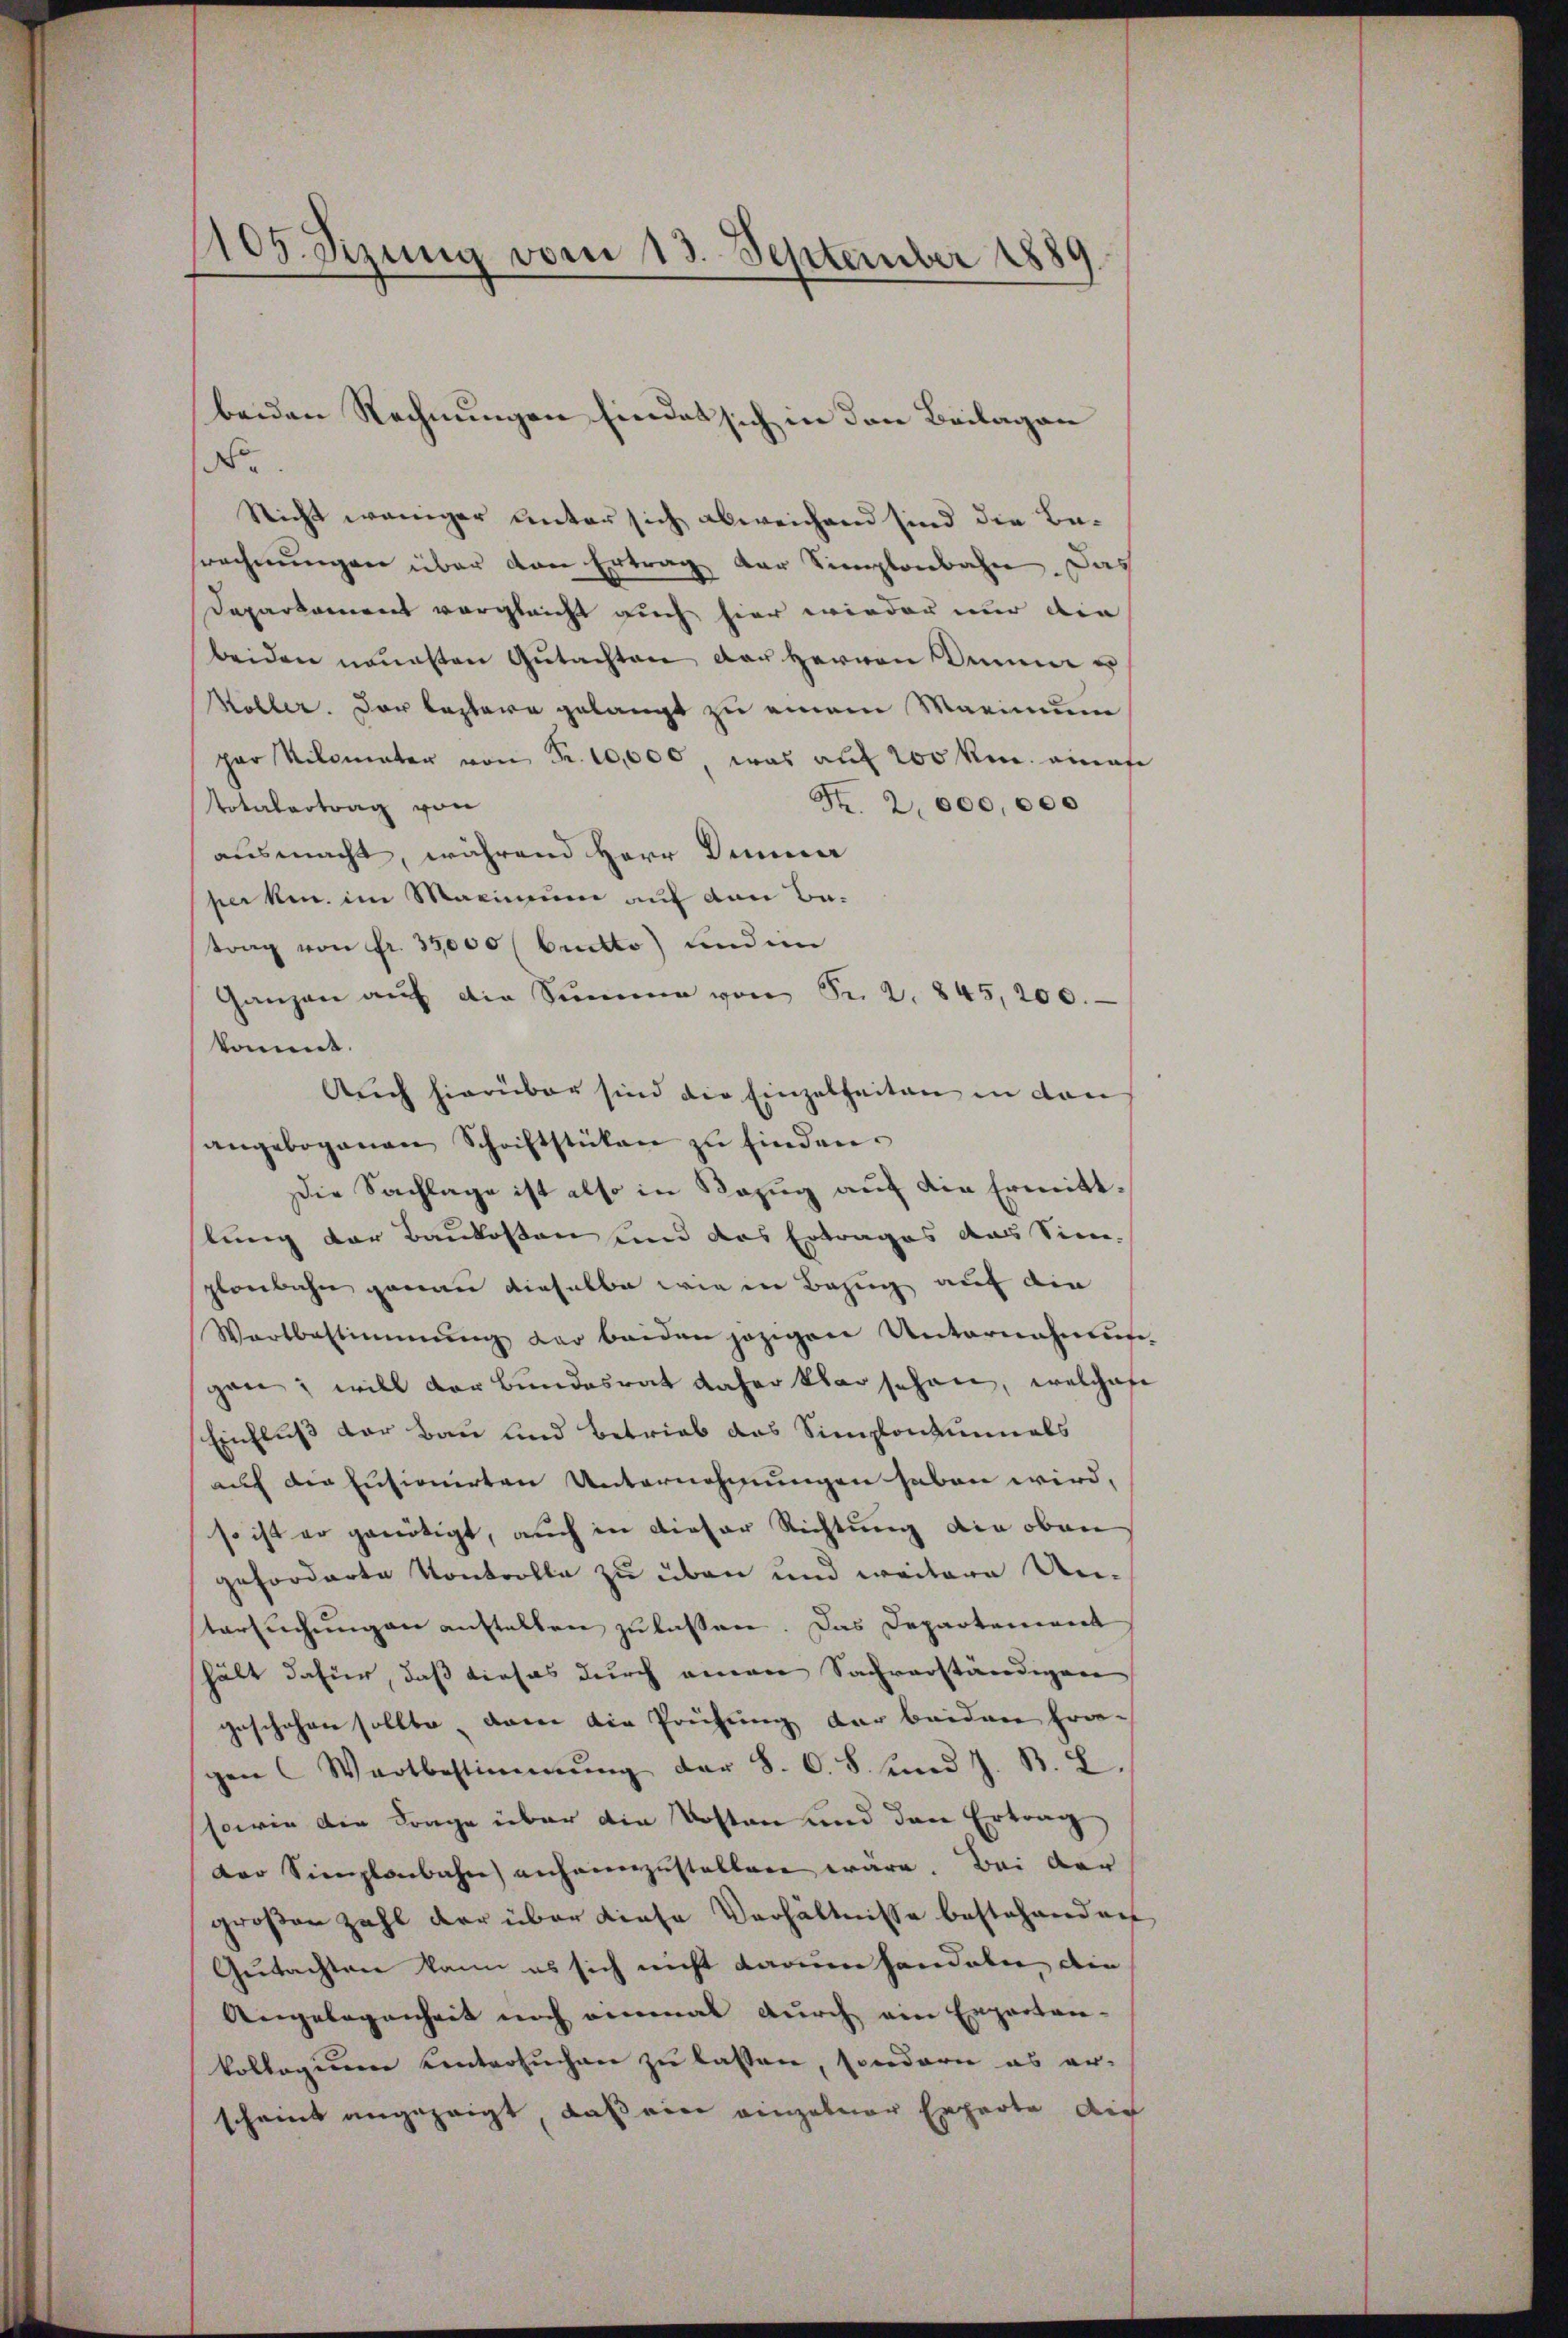
105. Sizung vom 13. September 1889.

No.
Nicht weniger unter sich abweichend sind die Berechnŭngen über den Ertrag der Simplonbahn. Das
Daparkament vergleicht auch hier wieder nur die
beiden neuesten Gŭtachten der Herren Anna u
öller. Der leztere gelangt zu einem Marinum
par Kilomater von Fr. 10,000, was auf 200 km ainaf
Fr. 2,000,000
Totalertrag von
ausmacht, während Herr Dinner
perken im Maximum auf den Batrag von Fr. 35,000 (Cudtto) und im
Ganzen aŭf die Summe von Fr. 2. 845,200.
kommt.
Auch hierüber sind die Einzelheiten in den
angebogenen Schriftstücken zŭ finden.
Die Sachlage ist also in Bezug auf die Ermittlung der Baukosten und das Ertrages das Sin-
planbahn genau dieselbe wie in Bezug auf die
Wartbestimmung der beiden jezigen Unternahmŭn-
gen; will der Bundesrat daher klar sehen, welches
Einfluß der Bau und Betrieb das Simplonzimmels
auf die Ensionirten Unternehmungen haben wird,
so ist er genötigt, auch in dieser Richtung die oben
geforderte Kontrolle zu üben und weitere Un-
tersuchungen anstalten zu lassen. Das Departement
hält dafür, daß dieses durch einen Sachverständigen
geschehen sollte, dann die Prüfung der beiden Fra-
gen Wartbestimmung der S. C. S. und J. B. L.
sowie die Frage über die Kosten und den Ertrag
Der Simplenbahn anheimzustellen wäre. Bei der
großen Zahl der über diese Verhältnisse bestehenden
Gutachten kann es sich nicht darum handeber die
Angelegenheit noch einmal durch ein Experten-
kollegium untersuchen zu lassen, sondern es er-
scheint angezeigt, daß ein einzelner Experte au

beiden Rechnungen findes sich in den Beilagen